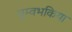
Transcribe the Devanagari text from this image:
चुम्वभकिया